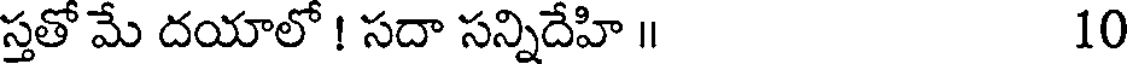
స్తతో మే దయాలో ! సదా సన్నిదేహి ॥ 10